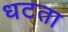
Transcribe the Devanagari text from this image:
धटता